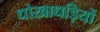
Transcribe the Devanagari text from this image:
धोखाधड़ियों